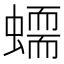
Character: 𧑮